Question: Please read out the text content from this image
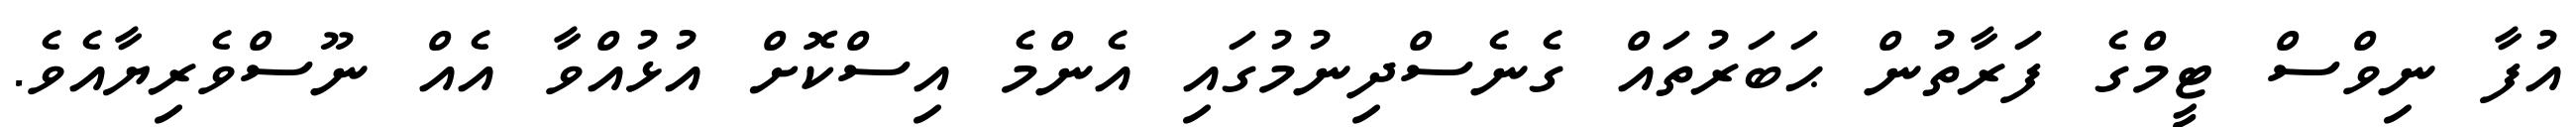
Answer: އުފާ ނިވްސް ޓީމްގެ ފަރާތުން ޙަބަރުތައް ގެނެސްދިނުމުގައި އެންމެ އިސްކޮށް އުޅުއްވާ އެއް ނޫސްވެރިޔާއެވެ.